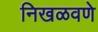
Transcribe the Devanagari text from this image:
निखळवणे